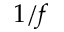
1 / f